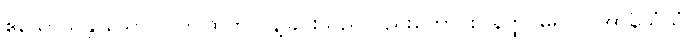
ဧသောသန္တာသောဝါ၊ ဤထိတ်လန့်ခြင်းသည်လည်းကောင်း။ နတ္ထိ၊ မရှိပါ။ အာနိသံသံ၊